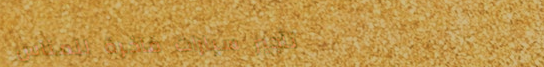
تأجير سيارات فاخرة للمناس